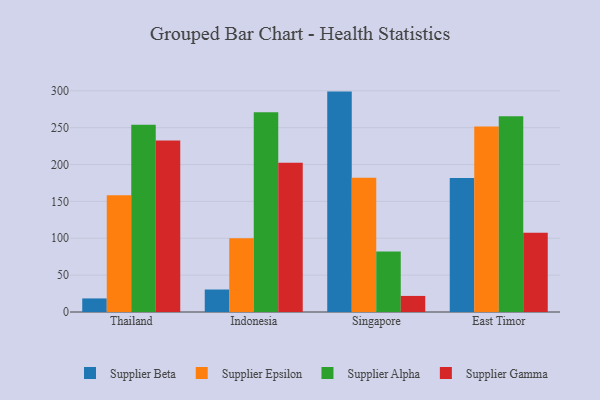
{"axis": {"x": "Country", "y": "Production Output"}, "legend": ["Supplier Alpha", "Supplier Beta", "Supplier Epsilon", "Supplier Gamma"], "data": [{"x": "Thailand", "y": 18.4, "type": "Supplier Beta"}, {"x": "Thailand", "y": 158.5, "type": "Supplier Epsilon"}, {"x": "Thailand", "y": 253.9, "type": "Supplier Alpha"}, {"x": "Thailand", "y": 232.5, "type": "Supplier Gamma"}, {"x": "Indonesia", "y": 30.5, "type": "Supplier Beta"}, {"x": "Indonesia", "y": 99.9, "type": "Supplier Epsilon"}, {"x": "Indonesia", "y": 270.9, "type": "Supplier Alpha"}, {"x": "Indonesia", "y": 202.4, "type": "Supplier Gamma"}, {"x": "Singapore", "y": 298.9, "type": "Supplier Beta"}, {"x": "Singapore", "y": 182.2, "type": "Supplier Epsilon"}, {"x": "Singapore", "y": 82.1, "type": "Supplier Alpha"}, {"x": "Singapore", "y": 21.8, "type": "Supplier Gamma"}, {"x": "East Timor", "y": 181.6, "type": "Supplier Beta"}, {"x": "East Timor", "y": 251.7, "type": "Supplier Epsilon"}, {"x": "East Timor", "y": 265.4, "type": "Supplier Alpha"}, {"x": "East Timor", "y": 107.6, "type": "Supplier Gamma"}]}